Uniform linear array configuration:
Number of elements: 12
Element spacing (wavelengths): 0.5
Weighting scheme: exponential
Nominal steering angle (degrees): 0
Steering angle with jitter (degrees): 0.003167
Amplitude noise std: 0.05
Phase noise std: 0.05

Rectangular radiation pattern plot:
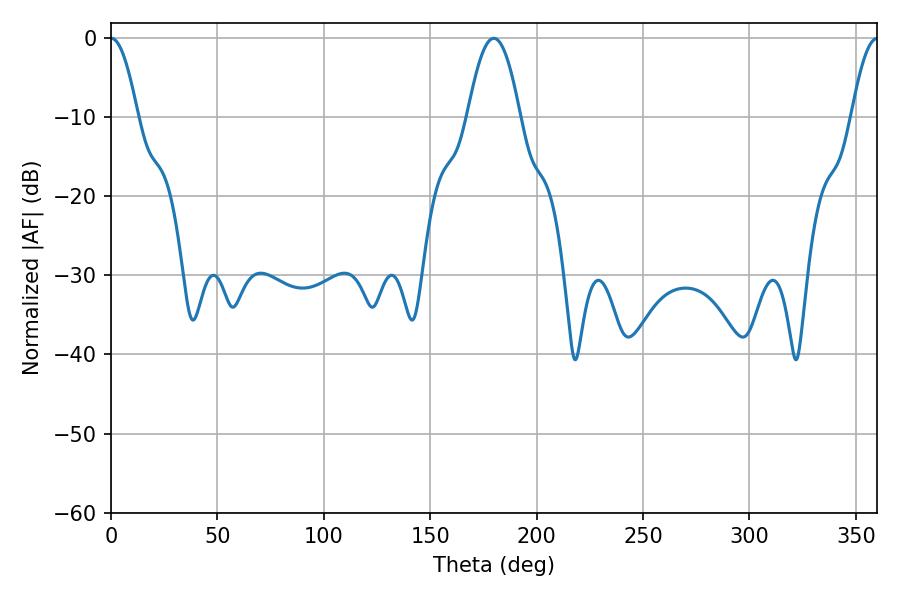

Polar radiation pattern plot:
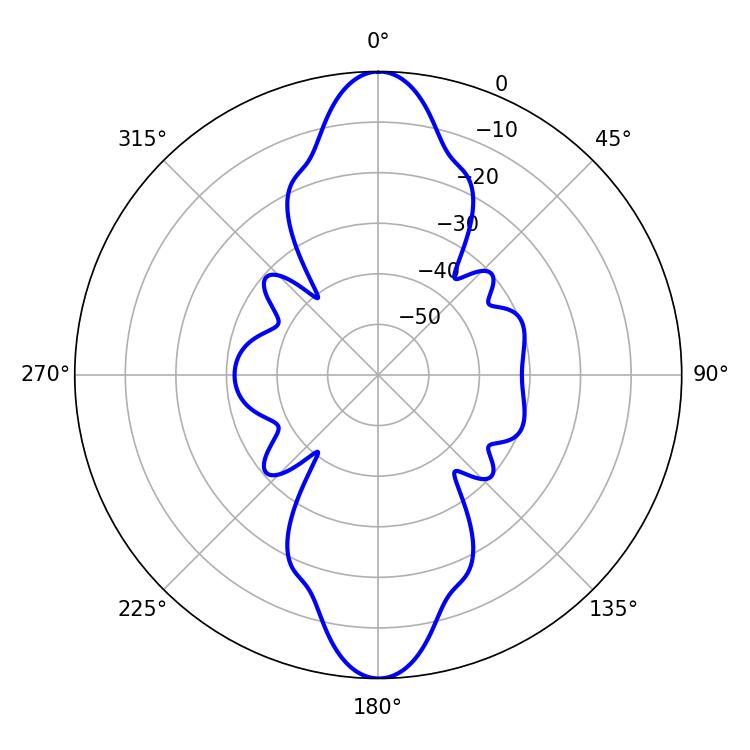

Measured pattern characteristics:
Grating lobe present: FALSE
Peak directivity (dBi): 28.061
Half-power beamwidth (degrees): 6.84
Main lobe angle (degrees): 0.18